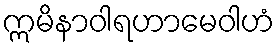
ဣမိနာဝါရဟာမေဝါဟံ